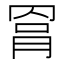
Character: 𦋀